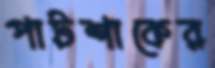
পাটশাকের